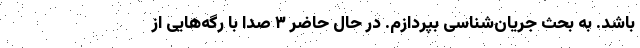
باشد. به بحث جریان‌شناسی بپردازم. در حال حاضر ۳ صدا با رگه‌هایی از